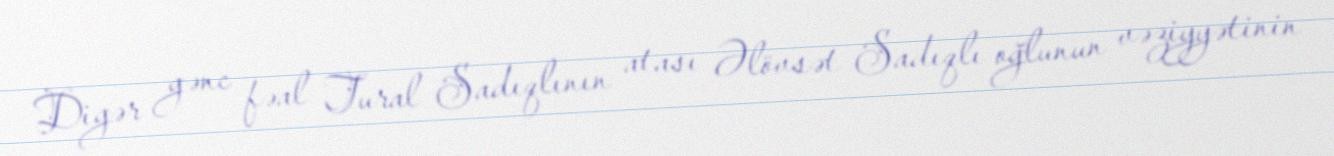
Digər gənc fəal Tural Sadıqlının atası Əlövsət Sadıqlı oğlunun vəziyyətinin